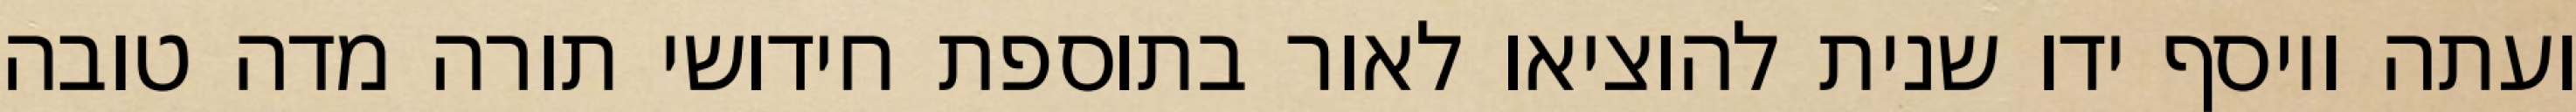
ועתה ויוסף ידו שנית להוציאו לאור בתוספת חידושי תורה מדה טובה